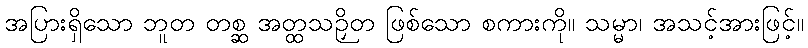
အပြားရှိသော ဘူတ တစ္ဆ အတ္ထသဉှိတ ဖြစ်သော စကားကို။ သမ္မာ၊ အသင့်အားဖြင့်။